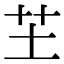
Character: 芏